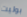
بوليت